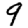
Digit: 9